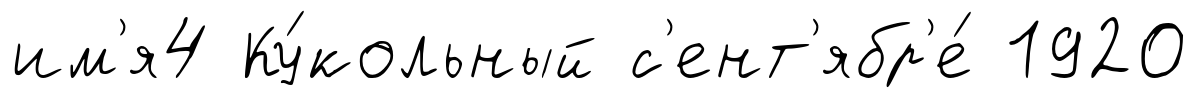
им'я4 Ку́кольный с'ент'ябр'е́ 1920